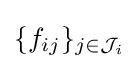
\{f_{ij}\}_{j\in {\mathcal {J}}_{i}}